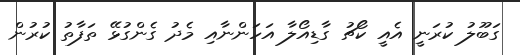
ގަބޫލު ކުރަނީ އެއީ ކޯޗު ގާޑިއޯލާ އަހަންނާއި މެދު ގެންގުޅޭ ތަފާތު ކުރުން